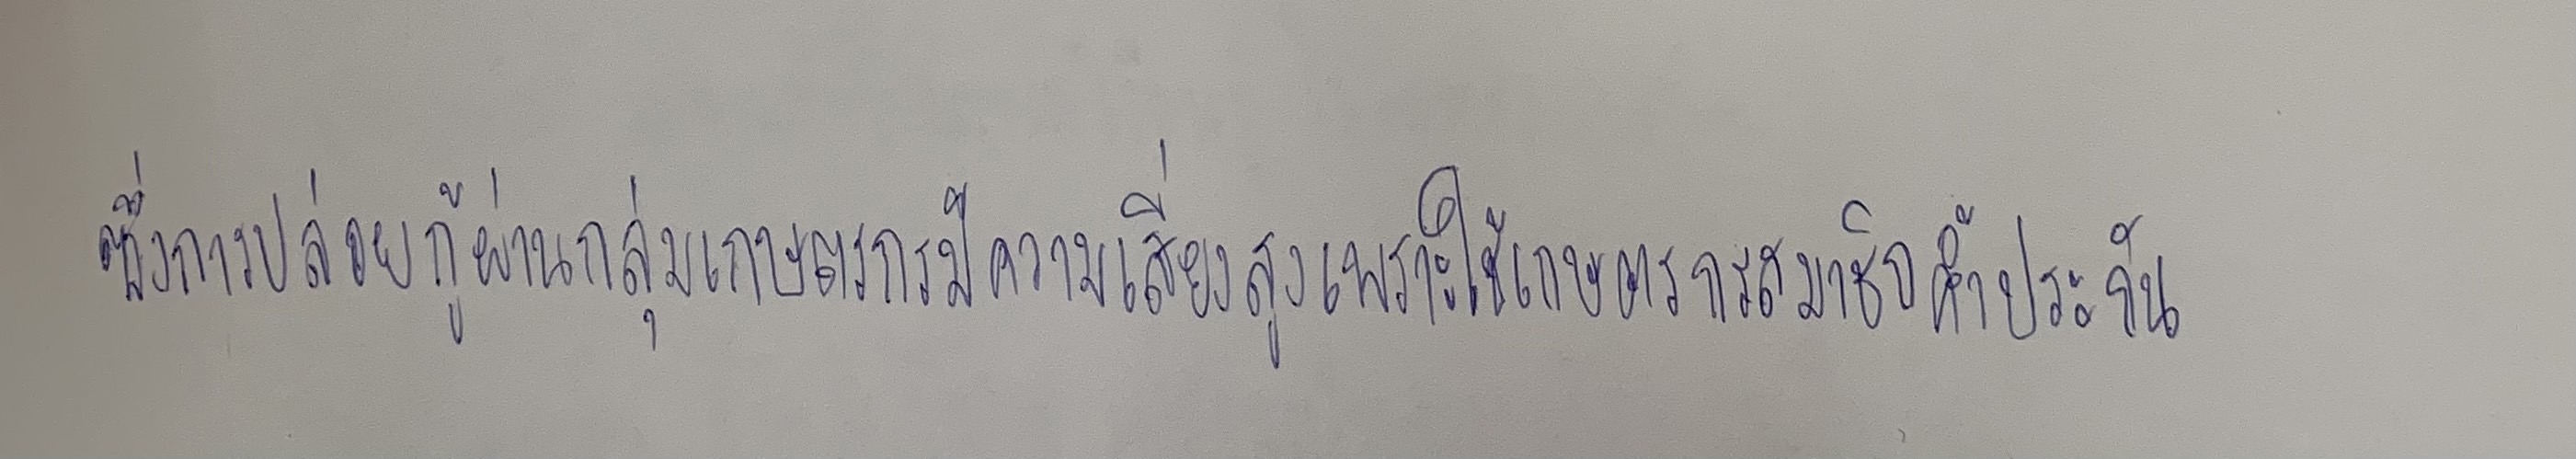
ซึ่งการปล่อยกู้ผ่านกลุ่มเกษตรกรมีความเสี่ยงสูงเพราะใช้เกษตรกรสมาชิกค้ำประกัน